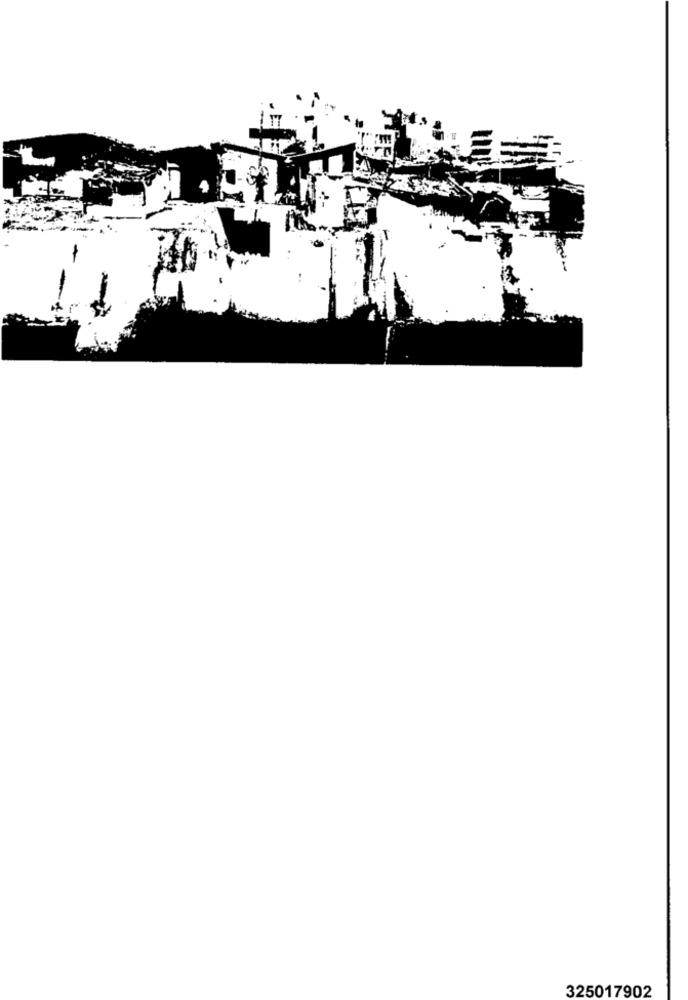
325017902